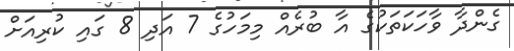
ގެންދާ ވާހަކަތަކުގެ އާ ބުރެއް މިމަހުގެ 7 އަދި 8 ގައި ކުރިއަށް